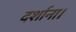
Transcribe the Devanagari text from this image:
दर्शाना।